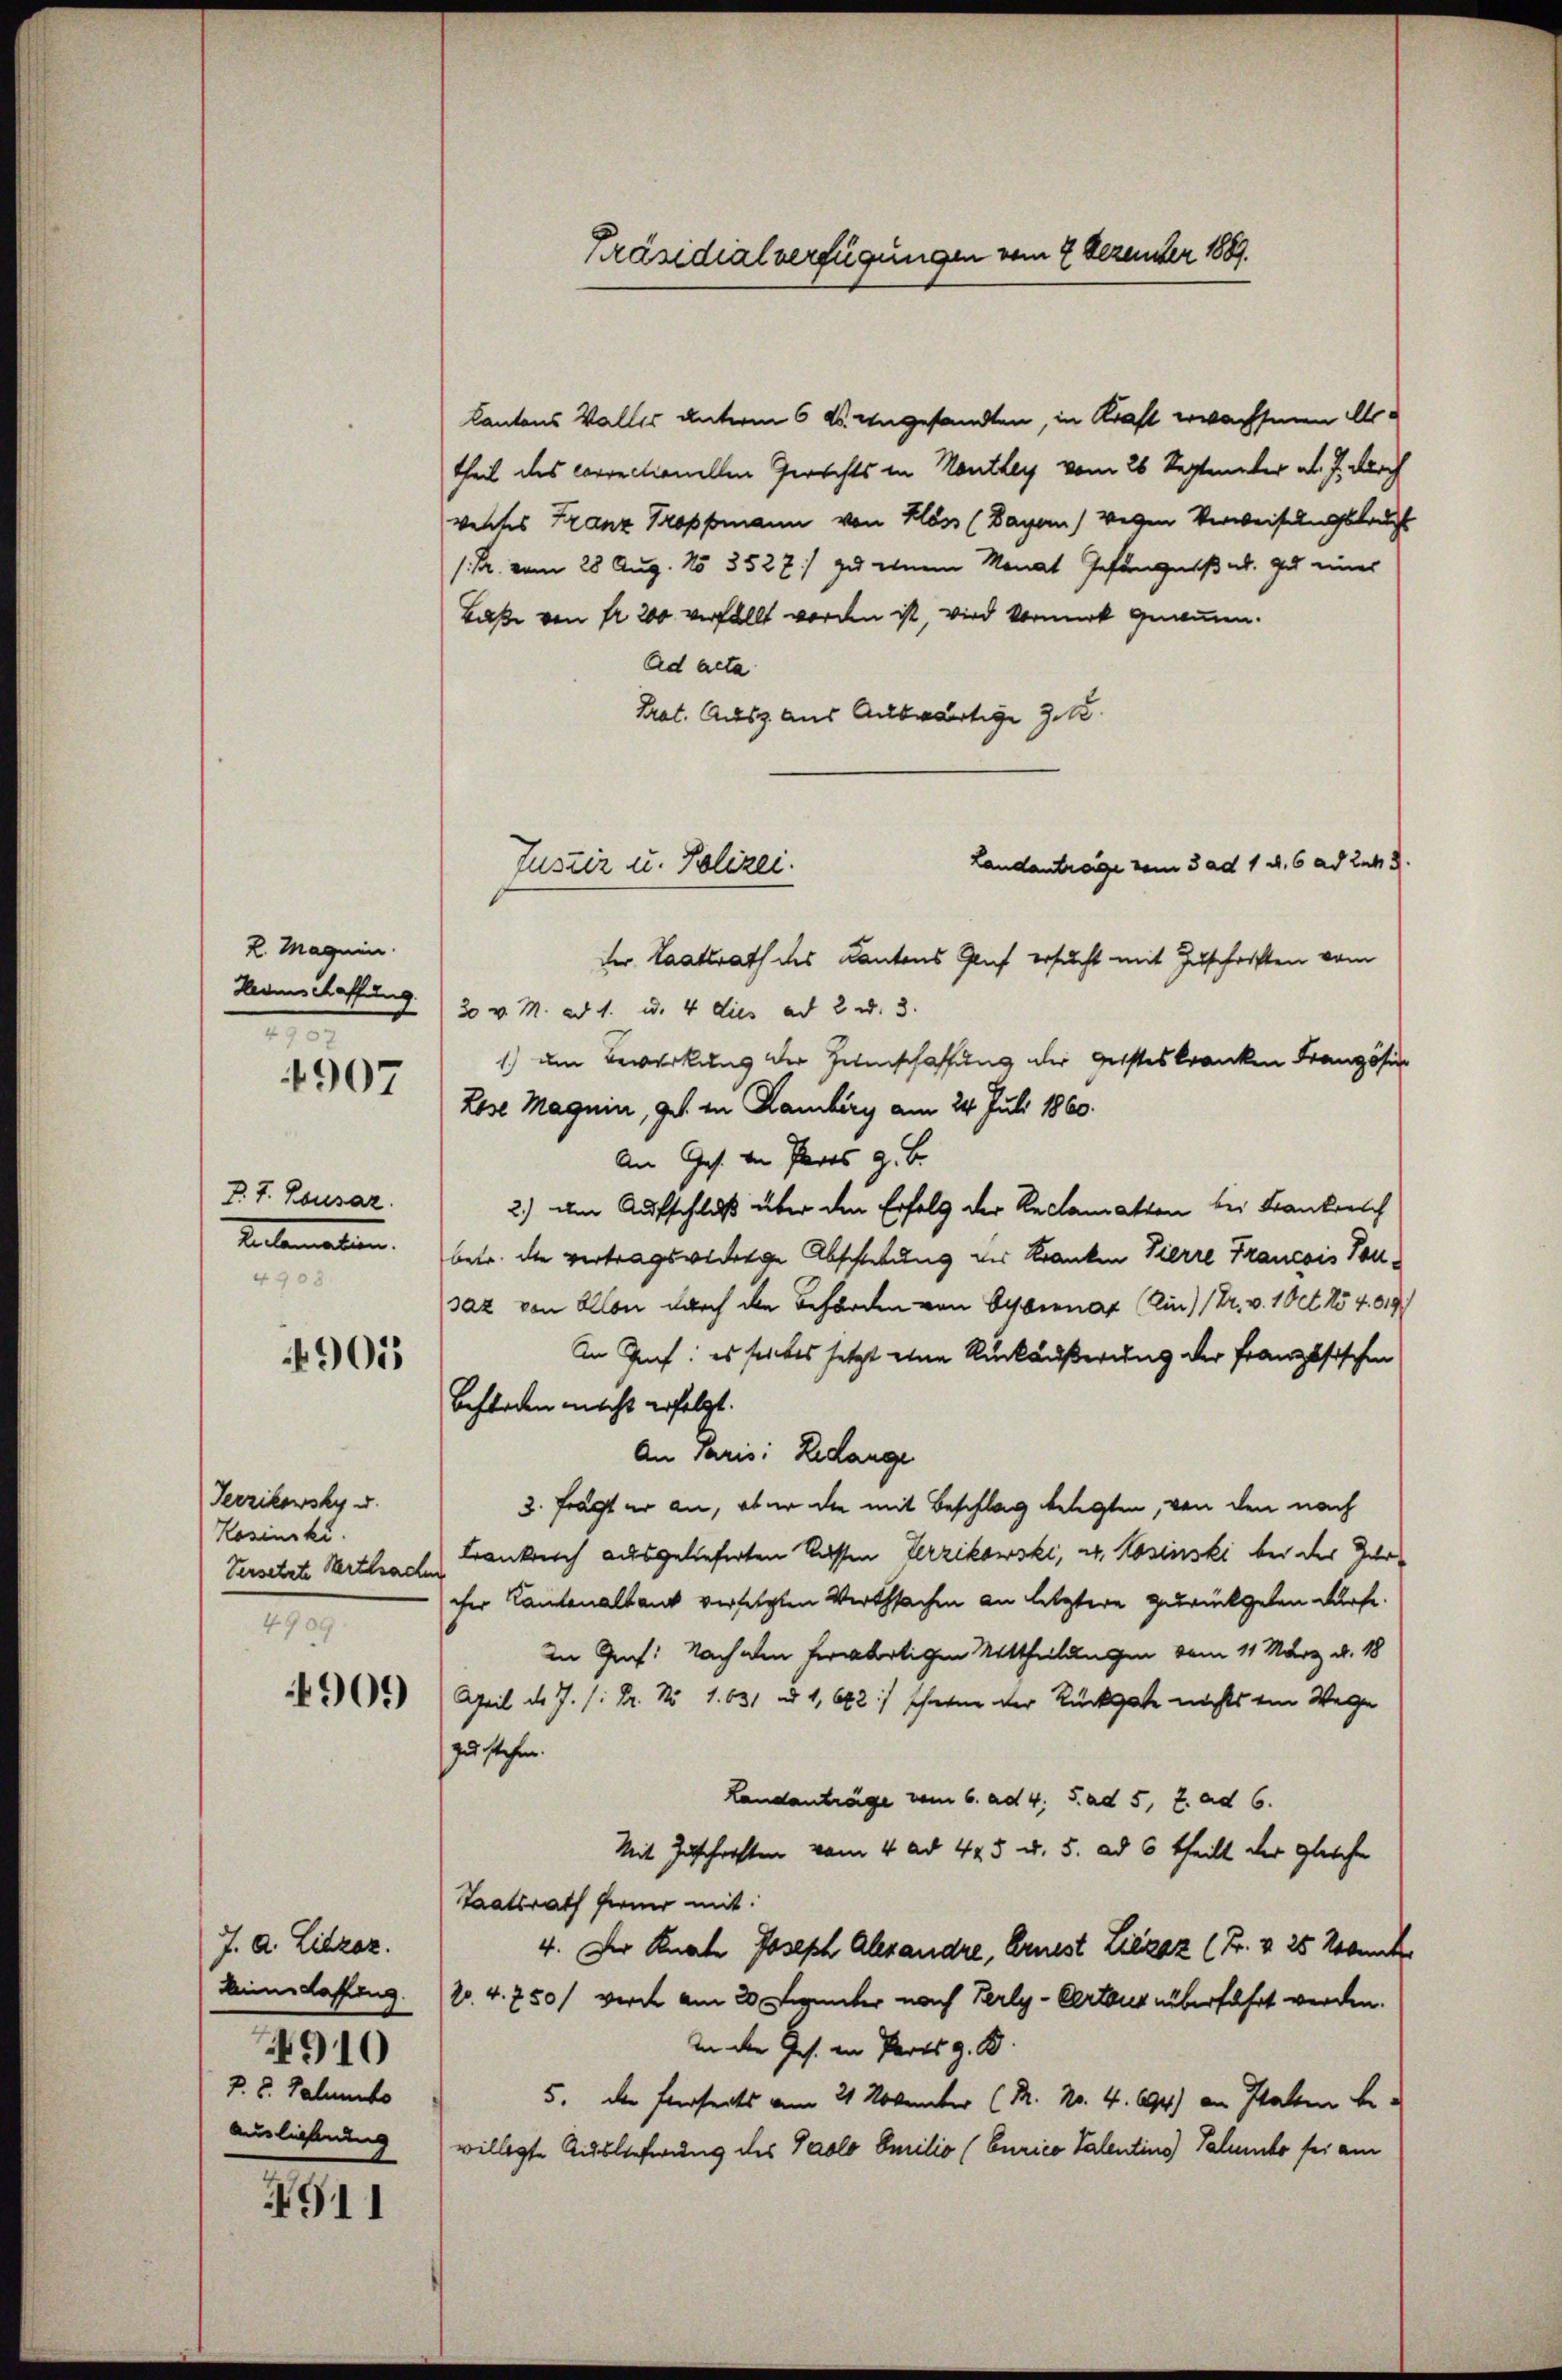
K. Magnin.
Hedenschaffung
—
4907

P. J. Rousaz.
Reclamanten.
4908.

905

Seezikowsky u.
Kosincki.
Versetzte Werthade
4909.

4909

J. A. Libraz.
Aidaffing.
4910
P.S. Palmito
Auslieferung

911

Präsidialverfügungen vom 2 Dezember 1889.

kantons Walles unterm 6 k. angesandten, in Kraft wachsenen Artheil des correctionellen Gerichts in Nanthey vom 26 September ab. J. durch
veltes Franz Troppmann von Klass (Bayern) Wegen Verweisungslauf
/. R. vom 28 Aug. 15 352 7:/ zu einem Monat Gefängniß ab. zu eines
Laße von fr. 200 verfällt worden ist, wird Vormerk genommen.
Ad acta
Prat. Ausz aus Auswärtige Z. 1
Landantrage vom 3 ad 1. d. 6 ad 2. 3
der Staatsrath des Kantons Gruf ersucht mit Zuschriften vom
20 v. M. ad 1. u. 4 dies ad 2 u. 3.
1.) um Bewirkung der Helenschaffung der Geisteskranken Französi
Lose Magnin, ges. in Lamberg am 24. Juli 1860.
An Ges. von Pares z. B.
2.) um Aufschluß über den Erfolg der Reclamation bei Frankreich
betr. der vertragswidrige Abschiebung des Kranken Pierre Francois Tausaz von Ellen durch den Behörden von Gysenat (in Fr. v. 10 t No 4. 619
An Graf: es seites setzt eine Rückäußerung der Französischen
Beforden macht erfolgt.
An Paris: Redange
3. frägt er an, ob er die mit Beschlag belegten, von den nach
Banknoch ausgelieferten Kassen Verzikowski, u. Rosinski bei der Zur
cher Kantonalbank versetzten Verthsachen an letztere zurückgeben dürfe.
in Graf: Nach den herartigen Mittheilungen vom 11. März d. 18
Teil d. J. (: Dr. No 1. 631 ad 1, 682 :/ schwere der Rückgate nichts ein Wege
zu stehen.
Landanträge vom 6. ad 4. d. ad 5, 2. ad 6.
Mit Zuschriften vom 4. ad 445 u. 5. ad 6 theilt der gleiche
taatsrath ferner mit:
4. Der Knate Joseph Alexandre, Ernest Liezaz (Fr. & 25 Robank
1o. 4. 750) werde am 20. Freiter nach Perly-Certaus überfahrt werden.
An der Ges. in Parts z. B.
5. der hierseits am 21 November (R. No. 4. 194) an Statten bewilligte Auslieferung des Paolo Emilio (Curico Talentins) Talento sei am

Justiz u. Polizei.